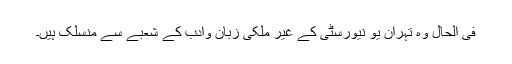
فی الحال وہ تہران یو نیورسٹی کے غیر ملکی زبان وادب کے شعبے سے منسلک ہیں۔